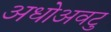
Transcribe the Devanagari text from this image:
अधोअवटु